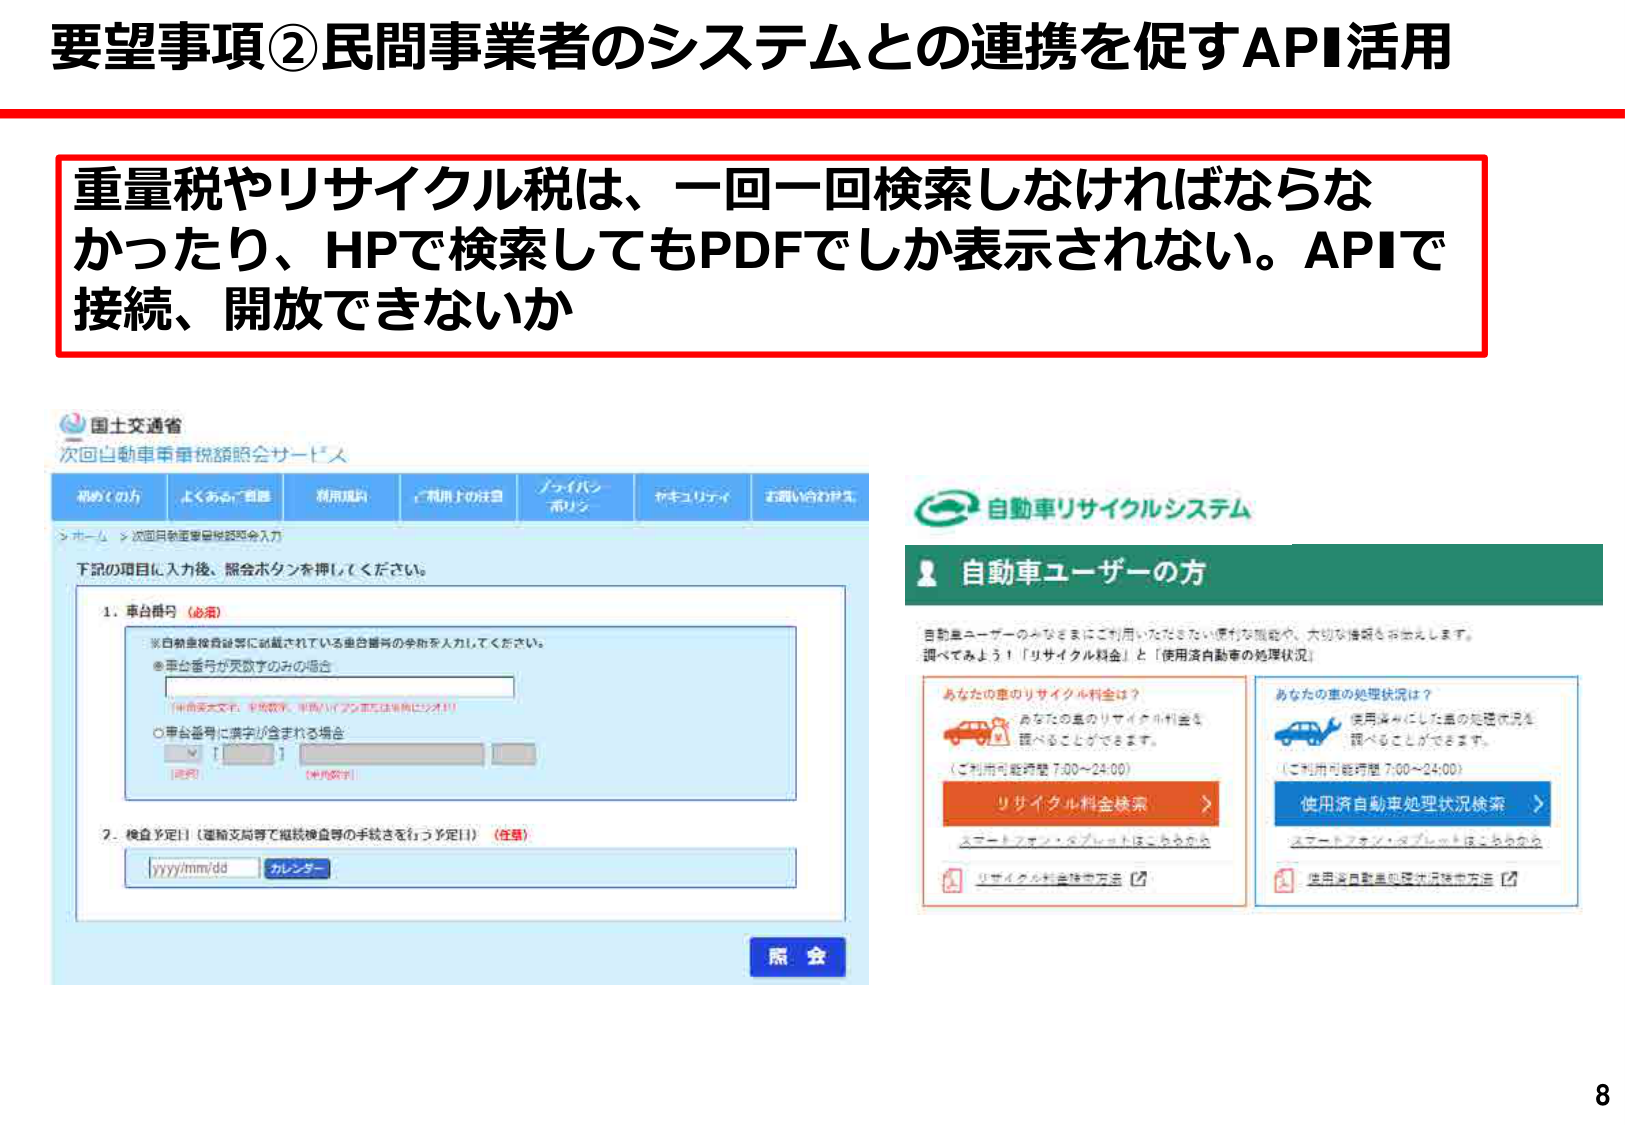
要望事項②民間事業者のシステムとの連携を促すAPI活用

重量税やリサイクル税は、一回一回検索しなければならなかったり、HPで検索してもPDFでしか表示されない。APIで接続、開放できないか

国土交通省
次回自動車重量税額照会サービス

初めての方
よくあるご質問
利用規約
ご利用上の注意
プライバシーポリシー
お問い合わせ先

> ホーム > 次回自動車重量税額照会入力

下記の項目に入力後、照会ボタンを押してください。

1. 車台番号（必須）
※自動車検査証等に記載されている車台番号の全桁を入力してください。
●車台番号が英数字のみの場合
[半角英大文字、半角数字、半角ハイフンまたは半角ピリオド]
○車台番号に漢字が含まれる場合
[選択] [半角数字]

2. 検査予定日（運輸支局等で継続検査等の手続きを行う予定日）（任意）
yyyy/mm/dd カレンダー

照会

自動車リサイクルシステム

自動車ユーザーの方

自動車ユーザーのみなさまにご利用いただきたい便利な機能や、大切な情報をお伝えします。
調べてみよう！「リサイクル料金」と「使用済自動車の処理状況」

あなたの車のリサイクル料金は？
あなたの車のリサイクル料金を
調べることができます。
（ご利用可能時間 7:00～24:00）
リサイクル料金検索 >
スマートフォン・タブレットはこちらから
リサイクル料金検索方法

あなたの車の処理状況は？
使用済みにした車の処理状況を
調べることができます。
（ご利用可能時間 7:00～24:00）
使用済自動車処理状況検索 >
スマートフォン・タブレットはこちらから
使用済自動車処理状況検索方法

8